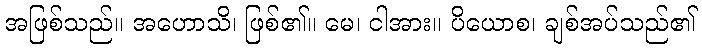
အဖြစ်သည်။ အဟောသိ၊ ဖြစ်၏။ မေ၊ ငါအား။ ပိယောစ၊ ချစ်အပ်သည်၏